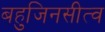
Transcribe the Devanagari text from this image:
बहुजिनसीत्व